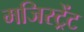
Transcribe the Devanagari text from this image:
मजिस्ट्रेंट